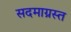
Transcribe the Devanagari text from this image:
सदमाग्रस्त